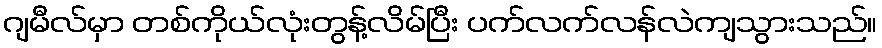
ဂျမီလ်မှာ တစ်ကိုယ်လုံးတွန့်လိမ်ပြီး ပက်လက်လန်လဲကျသွားသည်။